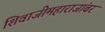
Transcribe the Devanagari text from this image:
शिवाजीमहाराजांबर